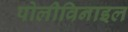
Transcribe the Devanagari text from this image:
पोलीविनाइल